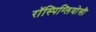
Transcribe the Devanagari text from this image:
रॉस्पिग्लियोसी